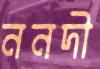
ননদী